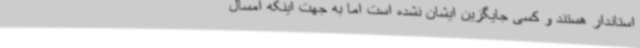
استاندار هستند و کسی جایگزین ایشان نشده است اما به جهت اینکه امسال